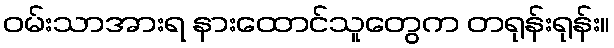
ဝမ်းသာအားရ နားထောင်သူတွေက တရုန်းရုန်း။